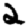
Digit: 2